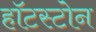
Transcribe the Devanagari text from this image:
हॉटस्टोन